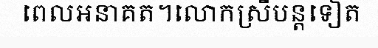
ពេលអនាគត។លោកស្រីបន្តទៀត